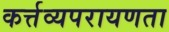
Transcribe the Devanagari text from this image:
कर्त्तव्यपरायणता